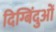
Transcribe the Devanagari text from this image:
दिग्बिंदुओं